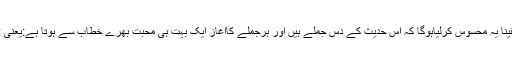
آپ نے یقیناً یہ محسوس کرلیاہوگا کہ اس حدیث کے دس جملے ہیں اور ہرجملے کاآغاز ایک بہت ہی محبت بھرے خطاب سے ہوتا ہے:یعنی :یاعبادی!